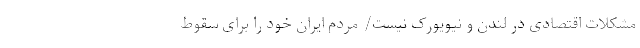
مشکلات اقتصادی در لندن و نیویورک نیست/ مردم ایران خود را برای سقوط